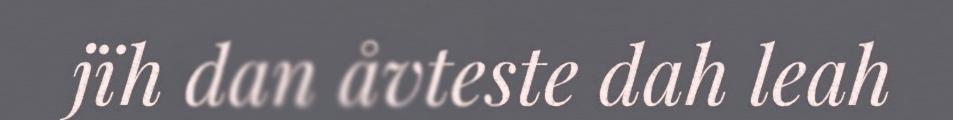
jïh dan åvteste dah leah